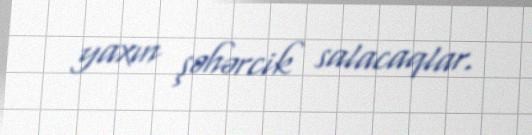
yaxın şəhərcik salacaqlar.